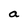
Character: a